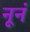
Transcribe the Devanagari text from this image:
नूनं